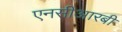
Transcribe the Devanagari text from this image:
एनसीआरबी